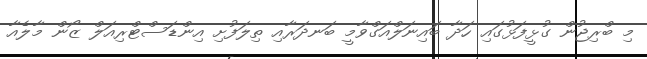
މި ބްރިޖުން ގުޅީފަޅުގައި ހަދާ ބައިނަލްއަގްވާމީ ބަނދަރާއި ތިލަފުށި އިންޑަސްޓްރިއަލް ޒޯން މާލެއާ